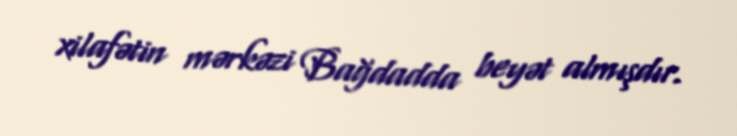
xilafətin mərkəzi Bağdadda beyət almışdır.